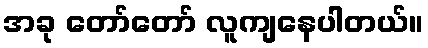
အခု တော်တော် လူကျနေပါတယ်။